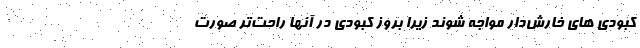
کبودی های خارش‌دار مواجه شوند زیرا بروز کبودی در آنها راحت‌تر صورت